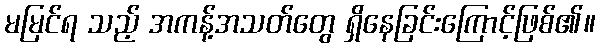
မမြင်ရ သည့် အကန့်အသတ်တွေ ရှိနေခြင်းကြောင့်ဖြစ်၏။